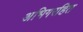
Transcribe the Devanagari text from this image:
अभिगरहित